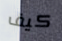
كيف